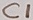
Text: C1